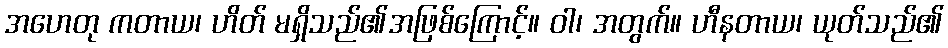
အဟေတု ကတာယ၊ ဟိတ် မရှိသည်၏အဖြစ်ကြောင့်။ ဝါ၊ အတွက်။ ဟီနတာယ၊ ယုတ်သည်၏